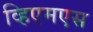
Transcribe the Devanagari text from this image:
व्हिएमएस